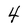
Character: 4